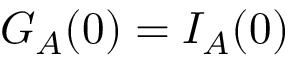
G _ { A } ( 0 ) = I _ { A } ( 0 )